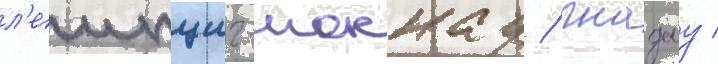
л'еипциг-моккау / гнадау /